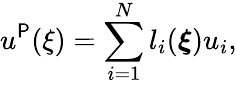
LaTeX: u^{\mathsf{P}}(\mathbf{{\xi}})=\sum_{i=1}^{N}l_{i}(\boldsymbol{\xi})u_{i},